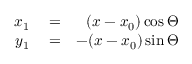
\begin{array} { r l r } { x _ { 1 } } & { { } = } & { ( x - x _ { 0 } ) \cos \Theta } \\ { y _ { 1 } } & { { } = } & { - ( x - x _ { 0 } ) \sin \Theta } \end{array}